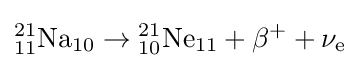
{}_{11}^{21}{\text{Na}}_{10}\rightarrow {}_{10}^{21}{\text{Ne}}_{11}+\beta ^{+}+\nu _{\text{e}}